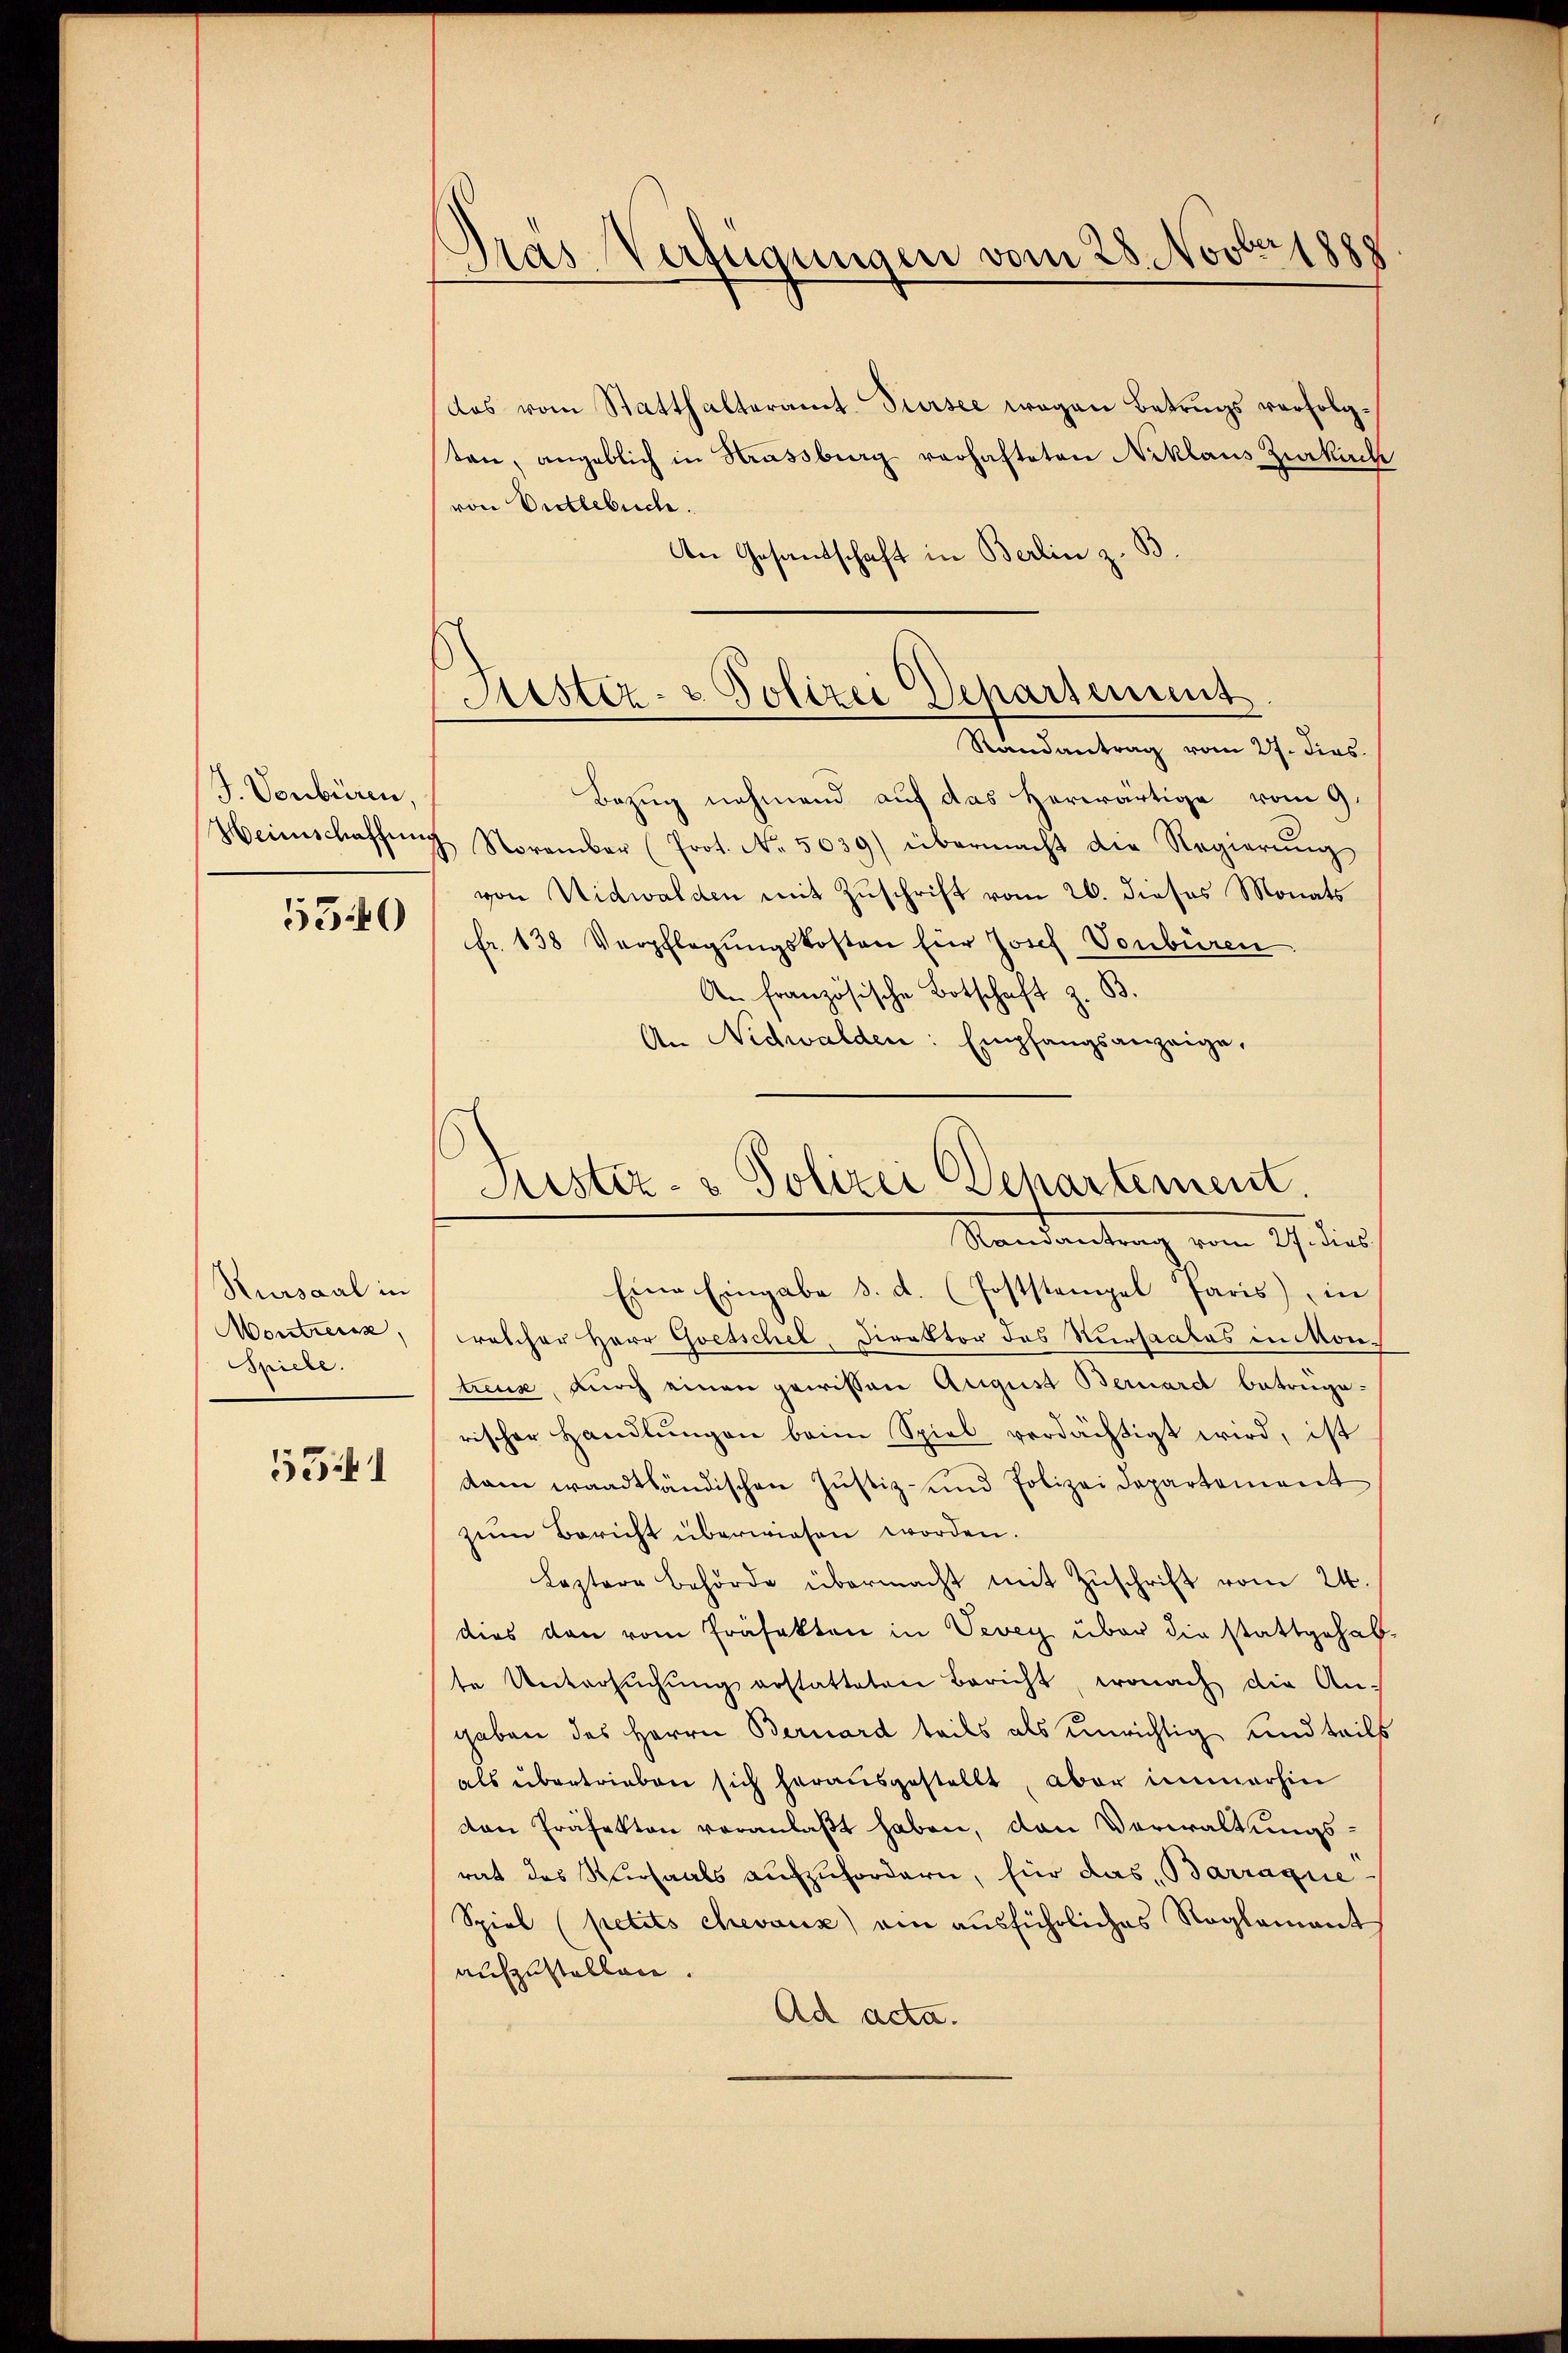
J. Vonbüren,

5340

Rursaal in
Montreuss,
Spiele.

5541

Pras Verfügungen vom 28. Novber 1888

das vom Statthalteramt Sursee wegen Betrugs verfolgten, angeblich in Strassburg verhafteten Niklaus Zukuck
von Dietlebuch.
An Gesandschaft in Berlin z. B.
Randantrag vom 27. dies
Bezug nehmend auf das herwärtige vom 9.
Heimschaffŭng November (Prot. No. 5039) übermacht die Regierŭng
von Nidwalden mit Zuschrift vom 26. dieses Monats
fr. 138 Verpflegŭngskosten für Josef Vonbüren
An französische Botschaft z. B.
An Nidwalden: Empfangsanzeige,

Justiz- & Polizei Departement

Randantrag vom 27. dies
Eine Eingabe d. d. (Poststempel Paris in
elcher Herr Gesschel, Direktor des Versaales in Montreue, durch einen gewissen August Bernard betruge-
rischer Handlŭngen beim Spiel verdächtigt wird, ist
dam waadtländischen Jŭstiz- und Polizeidepartement
zum Bericht überwiesen worden.
Leztere Behörde übermacht mit Zŭschrift vom 24.
dies den vom Präfekten in Vevey über die stattgehabte Untersŭchŭng erstatteten Bericht, wonach die An-
gaben des Herrn Bernard teils als unrichtig und teils
als übertrieben sich herausgestellt, aber immerhin
den Präfekten veranlaßt haben, den Verwaltungsrat des Kursaals aufzufordern, für das Barraque
Spiel (petits chevaux) ein ausführliches Reglement
aufzustellen.
Ad acta.

Justiz- & Polizei Departement.